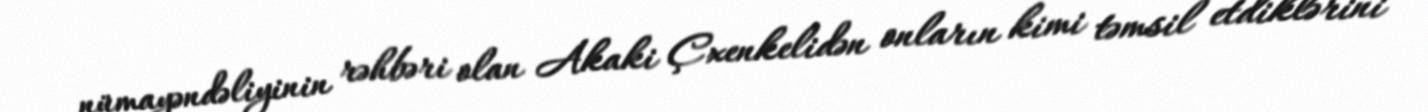
nümayəndəliyinin rəhbəri olan Akaki Çxenkelidən onların kimi təmsil etdiklərini